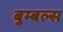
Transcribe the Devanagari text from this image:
बुम्बल्स